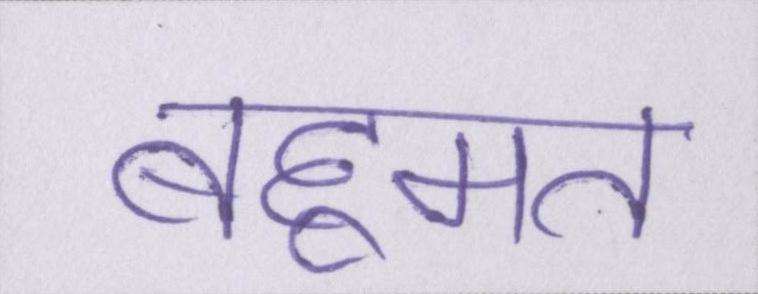
बहूमत